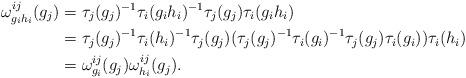
LaTeX: \begin{align*}\omega^{ij}_{g_ih_i}(g_j) & =\tau_j(g_j)^{-1}\tau_i(g_ih_i)^{-1}\tau_j(g_j)\tau_i(g_ih_i)\\& = \tau_j(g_j)^{-1}\tau_i(h_i)^{-1}\tau_j(g_j)(\tau_j(g_j)^{-1}\tau_i(g_i)^{-1}\tau_j(g_j)\tau_i(g_i))\tau_i(h_i)\\& = \omega^{ij}_{g_i}(g_j)\omega^{ij}_{h_i}(g_j).\end{align*}